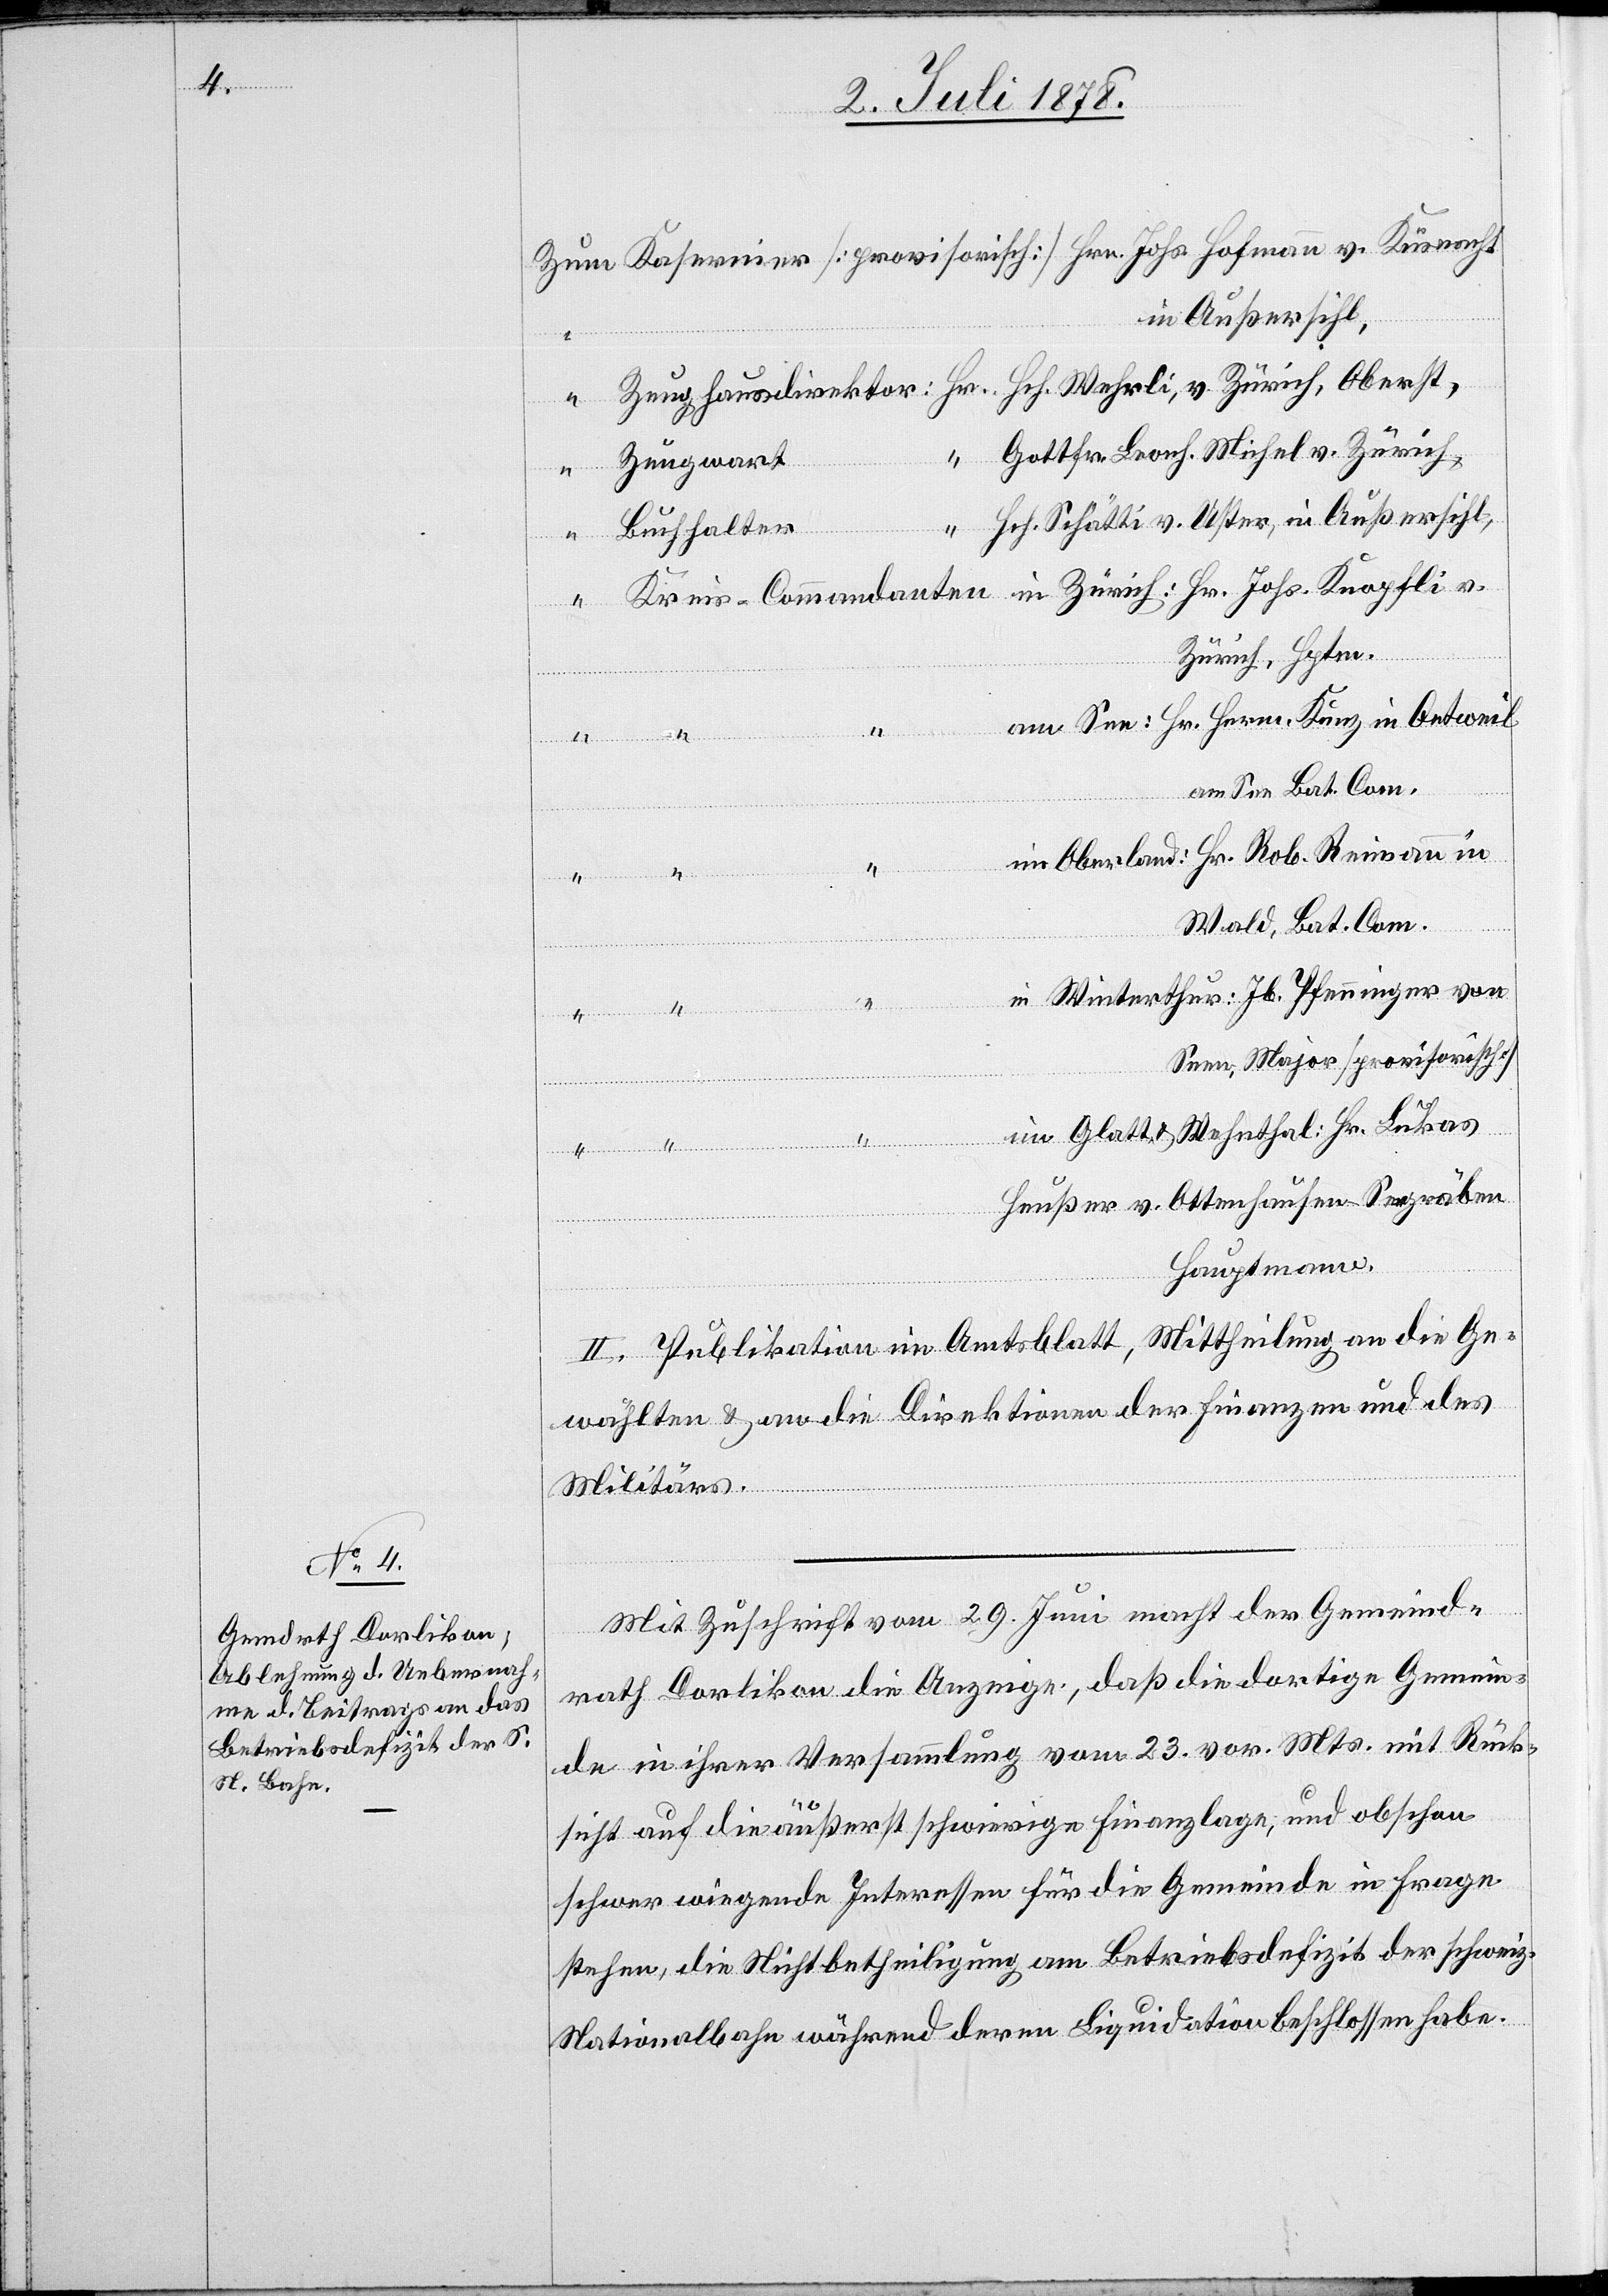
Zum Kasernier [provisorisch] Hrn. Johs. Hofmann v. Küsnacht
in Außersihl,
“
Zeughausdirektor: Hr. Hch. Wehrli, v. Zürich, Oberst,
Gotth. Leonh. Michel v. Zürich,
Zeugwart
“ Kreis-Commandanten in Zürich: Hr. Johs. Knopfli v.
Zürich, Hptm.
am See: Hr. Herm. Kunz in Oetweil
Seegräben,
v.
am See, Bat. Com.
im Oberland: Hr. Rob. Reimann in
Wald, Bat. Com.
in Winterthur: Jb. Pfenninger von
Seen, Major [provisorisch]
im Glatt- & Wehnthal: Hr. Lukas
[Kreis-Commandanten]
Hauptmann.
II. Publikation im Amtsblatt, Mittheilung an die Ge¬
wählten & an die Direktionen der Finanzen und des
Militärs.
Mit Zuschrift vom 29. Juni macht der Gemeind¬
rath Dorlikon die Anzeige, daß die dortige Gemein¬
de in ihrer Versammlung vom 23. vor. Mts. mit Rück¬
sicht auf die äußerst schwierige Finanzlage, und obschon
schwer wiegende Interessen für die Gemeinde in Frage
stehen, die Nichtbetheiligung am Betriebsdefizit der schweiz.
Nationalbahn während deren Liquidation beschlossen habe.